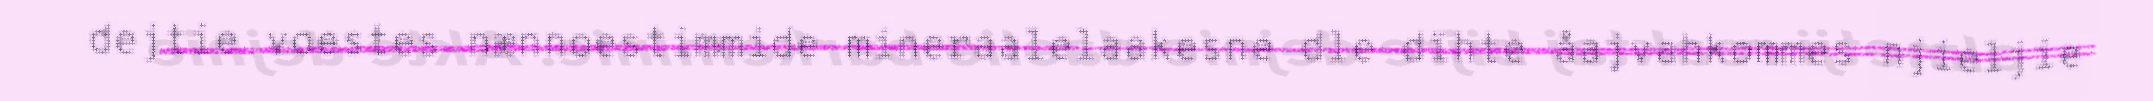
dejtie voestes nænnoestimmide mineraalelaakesne dle dïhte åajvahkommes njieljie